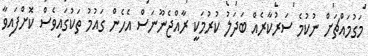
މަގުމައްޗަށްް ނުކުމެ ސަރުކާރެއް ބަދަލު ކުރުމަކީ ރާއްޖެނޫނަސް އެހެން ގައުމު ތަކުގައިވެސް ކޮށްފައިވާ